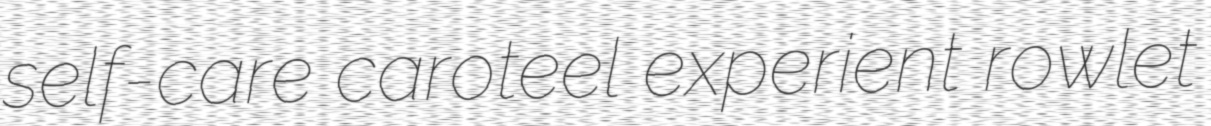
self-care caroteel experient rowlet